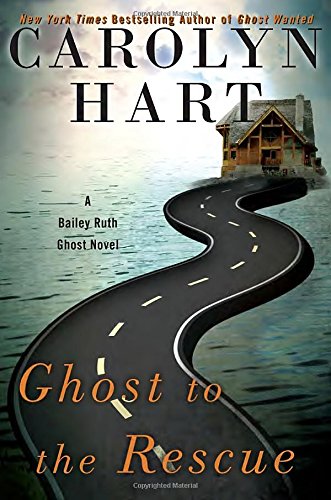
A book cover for Ghost to the Rescue: A Bailey Ruth Ghost Novel; Carolyn Hart; Mystery, Thriller & Suspense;